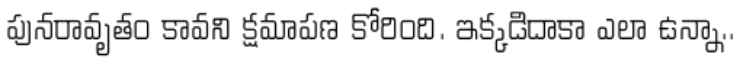
పునరావృతం కావని క్షమాపణ కోరింది. ఇక్కడిదాకా ఎలా ఉన్నా..